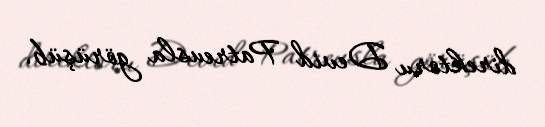
direktoru Devid Patreusla görüşüb.